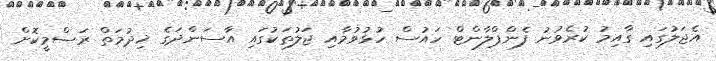
އެޖަލުގައި ގާއިމު ކުރެވުނު ފެންޕްލާންޓް ހައުސް ހުޅުވުމާއި ޖަލުތަކުގައި އާސަންދަގެ ޚިދުމަތް ރަސްމީކޮށް